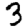
Digit: 3